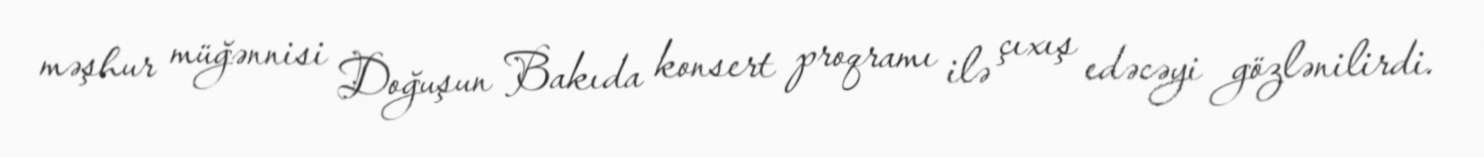
məşhur müğənnisi Doğuşun Bakıda konsert proqramı ilə çıxış edəcəyi gözlənilirdi.